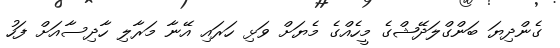
ގެންދިޔަ ބަންގްލަދޭޝްގެ މީހެއްގެ މެޔަށް ވަޅި ހަރައި އޭނާ މަރާލި ހާދިސާއަށް ފަހު